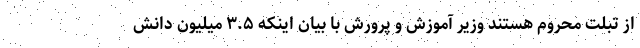
از تبلت محروم هستند وزیر آموزش و پرورش با بیان اینکه ۳.۵ میلیون دانش